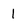
Character: 1